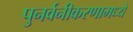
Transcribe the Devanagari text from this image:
पुनर्वनीकरणामध्ये